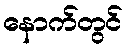
နောက်တွင်